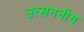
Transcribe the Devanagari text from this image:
उत्खननीय